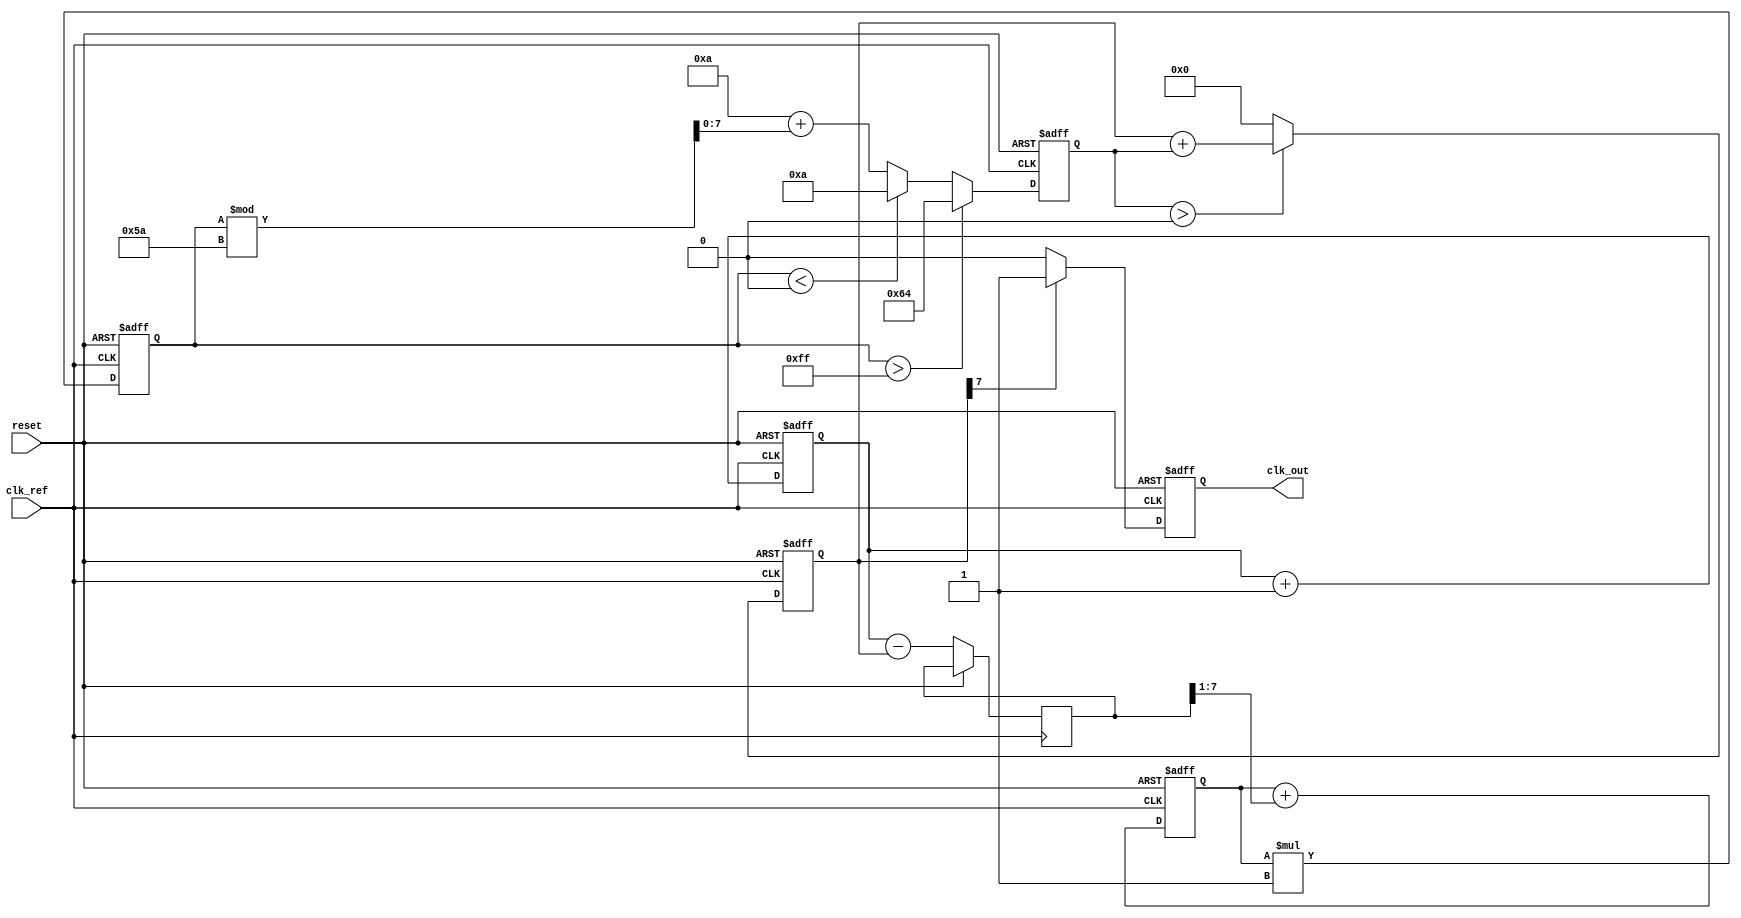
module PLL (
    input wire clk_ref,          // Reference clock input
    input wire reset,            // Asynchronous reset
    output reg clk_out           // Output clock
);

// Parameters
parameter PHASE_WIDTH = 8;     // Width for phase representation
parameter VCO_MAX_FREQ = 100;   // Max frequency for VCO
parameter VCO_MIN_FREQ = 10;    // Min frequency for VCO
parameter LOOP_FILTER_GAIN = 1; // Gain for loop filter

// Internal signals
reg [PHASE_WIDTH-1:0] phase_ref; // Phase of reference clock
reg [PHASE_WIDTH-1:0] phase_vco;  // Phase of VCO output
reg [PHASE_WIDTH-1:0] phase_error; // Phase error signal
reg [7:0] control_voltage;         // Control voltage for VCO
reg [7:0] vco_frequency;           // Current VCO frequency
reg [7:0] loop_filter_output;      // Output of loop filter

// Phase Detector
always @(posedge clk_ref or posedge reset) begin
    if (reset) begin
        phase_ref <= 0;
        phase_vco <= 0;
    end else begin
        // Update reference phase
        phase_ref <= phase_ref + 1;
        // Simulating VCO phase update (for demonstration)
        phase_vco <= (vco_frequency > 0) ? (phase_vco + vco_frequency) : 0;
        
        // Calculate phase error
        phase_error <= phase_ref - phase_vco;
    end
end

// Loop Filter
always @(posedge clk_ref or posedge reset) begin
    if (reset) begin
        loop_filter_output <= 0;
    end else begin
        // Simple proportional filter
        loop_filter_output <= loop_filter_output + (phase_error >> 1);
    end
end

// Voltage-Controlled Oscillator (VCO)
always @(posedge clk_ref or posedge reset) begin
    if (reset) begin
        control_voltage <= 0;
        vco_frequency <= VCO_MIN_FREQ; // Start at min frequency
    end else begin
        // Update control voltage based on loop filter output
        control_voltage <= loop_filter_output * LOOP_FILTER_GAIN;

        // Update VCO frequency based on control voltage
        if (control_voltage > 255) begin
            vco_frequency <= VCO_MAX_FREQ;
        end else if (control_voltage < 0) begin
            vco_frequency <= VCO_MIN_FREQ;
        end else begin
            vco_frequency <= VCO_MIN_FREQ + (control_voltage % (VCO_MAX_FREQ - VCO_MIN_FREQ));
        end
    end
end

// Output Buffer
always @(posedge clk_ref or posedge reset) begin
    if (reset) begin
        clk_out <= 0;
    end else begin
        // Generate output clock based on VCO frequency
        clk_out <= (phase_vco[PHASE_WIDTH-1] == 1) ? 1 : 0; // Simple toggle for demonstration
    end
end

endmodule